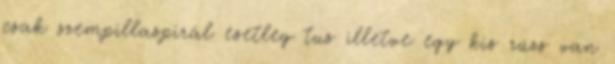
csak szempillaspirál esetleg tus illetve egy kis rúzs van